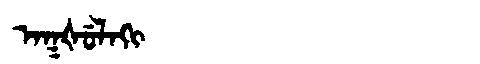
Manchu: ᠠᡴᡧᡠᠯᠠᡴᡳ
Romanization: AKŠULAKI